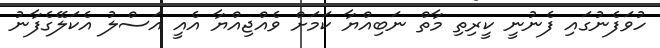
ހުވަފެނުގައި ފެނުނީ ކީރިތި މާތް ނަބިއްޔާ ކަމަށް ވެއްޖިއްޔާ އެއީ އަސްލު އެކަލޭގެފާނު